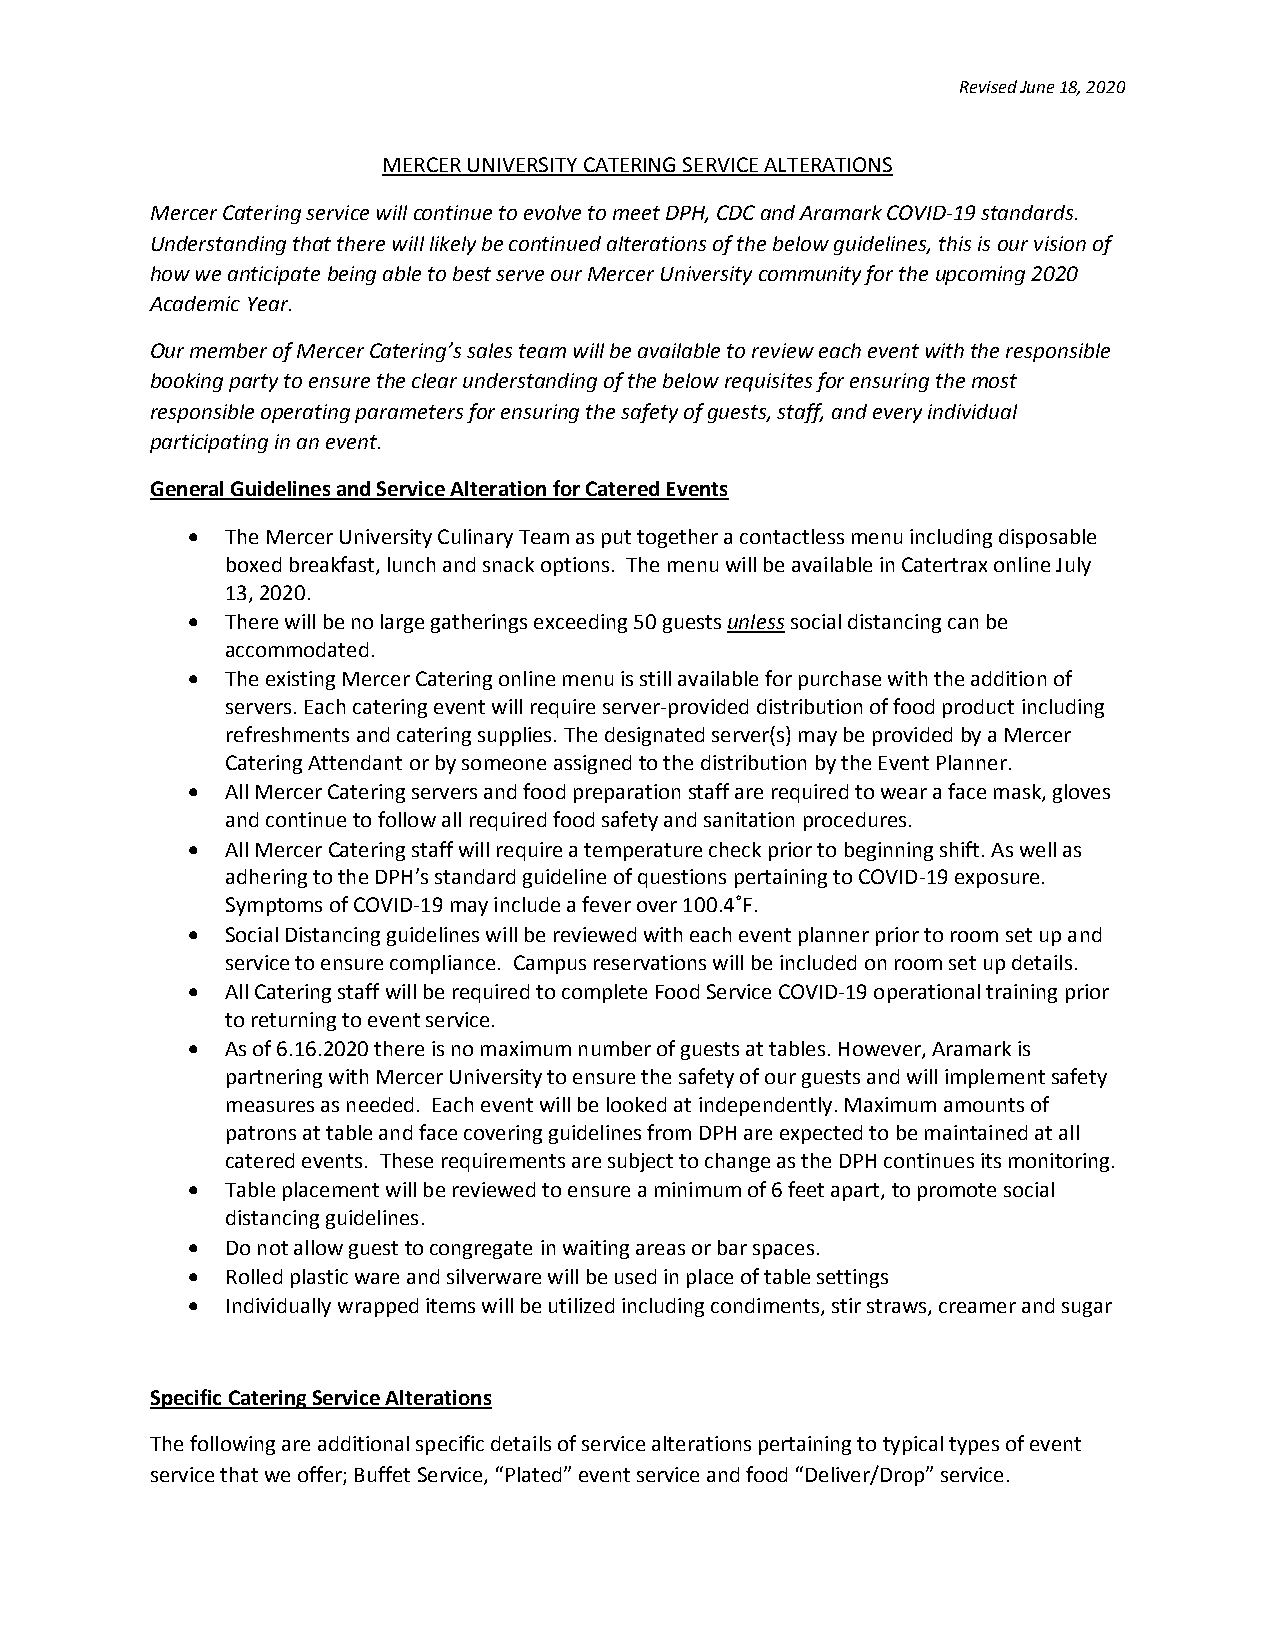
Revised June 18, 2020
 MERCER UNIVERSITY CATERING SERVICE ALTERATIONS
 Mercer Catering service will continue to evolve to meet DPH, CDC and Aramark COVID-19 standards.
 Understanding that there will likely be continued alterations of the below guidelines, this is our vision of
 how we anticipate being able to best serve our Mercer University community for the upcoming 2020
 Academic Year.
 Our member of Mercer Catering’s sales team will be available to review each event with the responsible
 booking party to ensure the clear understanding of the below requisites for ensuring the most
 responsible operating parameters for ensuring the safety of guests, staff, and every individual
 participating in an event.
 General Guidelines and Service Alteration for Catered Events
   The Mercer University Culinary Team as put together a contactless menu including disposable
 boxed breakfast, lunch and snack options. The menu will be available in Catertrax online July
 13, 2020.
   There will be no large gatherings exceeding 50 guests unless social distancing can be
 accommodated.
   The existing Mercer Catering online menu is still available for purchase with the addition of
 servers. Each catering event will require server-provided distribution of food product including
 refreshments and catering supplies. The designated server(s) may be provided by a Mercer
 Catering Attendant or by someone assigned to the distribution by the Event Planner.
   All Mercer Catering servers and food preparation staff are required to wear a face mask, gloves
 and continue to follow all required food safety and sanitation procedures.
   All Mercer Catering staff will require a temperature check prior to beginning shift. As well as
 adhering to the DPH’s standard guideline of questions pertaining to COVID-19 exposure.
 Symptoms of COVID-19 may include a fever over 100.4˚F.
   Social Distancing guidelines will be reviewed with each event planner prior to room set up and
 service to ensure compliance. Campus reservations will be included on room set up details.
   All Catering staff will be required to complete Food Service COVID-19 operational training prior
 to returning to event service.
   As of 6.16.2020 there is no maximum number of guests at tables. However, Aramark is
 partnering with Mercer University to ensure the safety of our guests and will implement safety
 measures as needed. Each event will be looked at independently. Maximum amounts of
 patrons at table and face covering guidelines from DPH are expected to be maintained at all
 catered events. These requirements are subject to change as the DPH continues its monitoring.
   Table placement will be reviewed to ensure a minimum of 6 feet apart, to promote social
 distancing guidelines.
   Do not allow guest to congregate in waiting areas or bar spaces.
   Rolled plastic ware and silverware will be used in place of table settings
   Individually wrapped items will be utilized including condiments, stir straws, creamer and sugar
 Specific Catering Service Alterations
 The following are additional specific details of service alterations pertaining to typical types of event
 service that we offer; Buffet Service, “Plated” event service and food “Deliver/Drop” service.